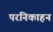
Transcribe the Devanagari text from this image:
परनिकाहन